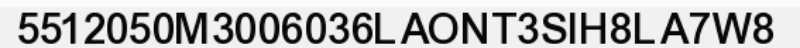
5512050M3006036LAONT3SIH8LA7W8